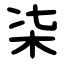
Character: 㭍